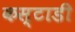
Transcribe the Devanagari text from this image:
कस्टाडी